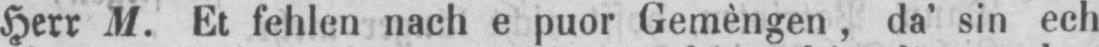
Herr M. Et fehlen nach e puor Gemèngen, da’ sin ech